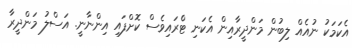
އެކަމަކު ނުއެއް ލިބުން މަންދީރާއިން އެކަނި ޓްެރައިވެސް ކޮށްފައި އިންނާނީ. އަސްލު މަންދީރާ